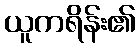
ယူကရိန်း၏